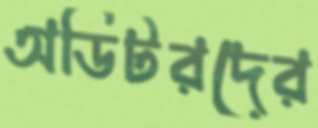
অডিটরদের